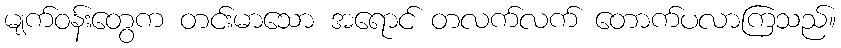
မျက်ဝန်းတွေက တင်းမာသော အရောင် တလက်လက် တောက်ပလာကြသည်။